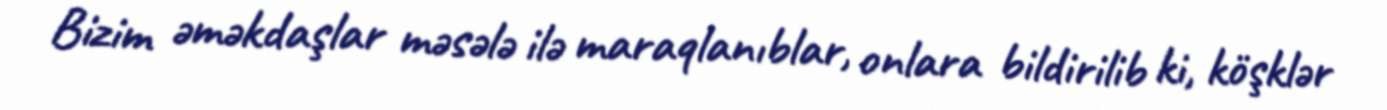
Bizim əməkdaşlar məsələ ilə maraqlanıblar, onlara bildirilib ki, köşklər